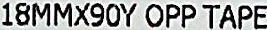
18MMX90Y OPP TAPE